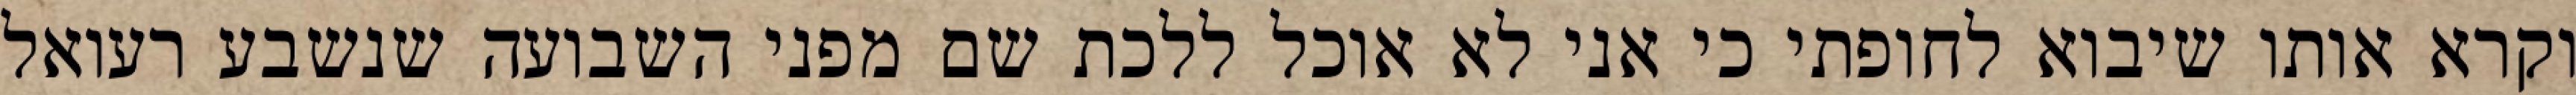
וקרא אותו שיבוא לחופתי כי אני לא אוכל ללכת שם מפני השבועה שנשבע רעואל